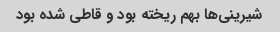
شیرینی‌ها بهم ریخته بود و قاطی شده بود